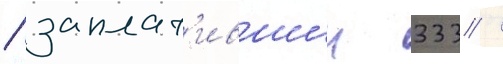
/ заплат'ившии 333 /